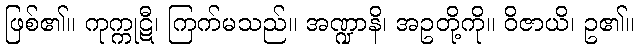
ဖြစ်၏။ ကုက္ကုဋီ၊ ကြက်မသည်။ အဏ္ဍာနိ၊ အဥတို့ကို။ ဝိဇာယိ၊ ဥ၏။